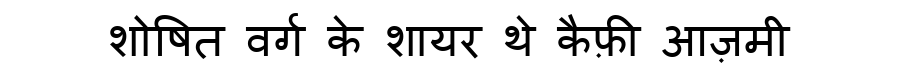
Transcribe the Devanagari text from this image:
शोषित वर्ग के शायर थे कैफ़ी आज़मी